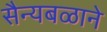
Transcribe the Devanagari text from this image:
सैन्यबळाने